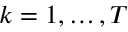
k = 1 , \ldots , T